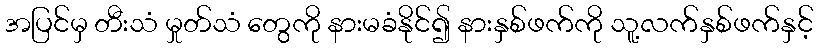
အပြင်မှ တီးသံ မှုတ်သံ တွေကို နားမခံနိုင်၍ နားနှစ်ဖက်ကို သူ့လက်နှစ်ဖက်နှင့်